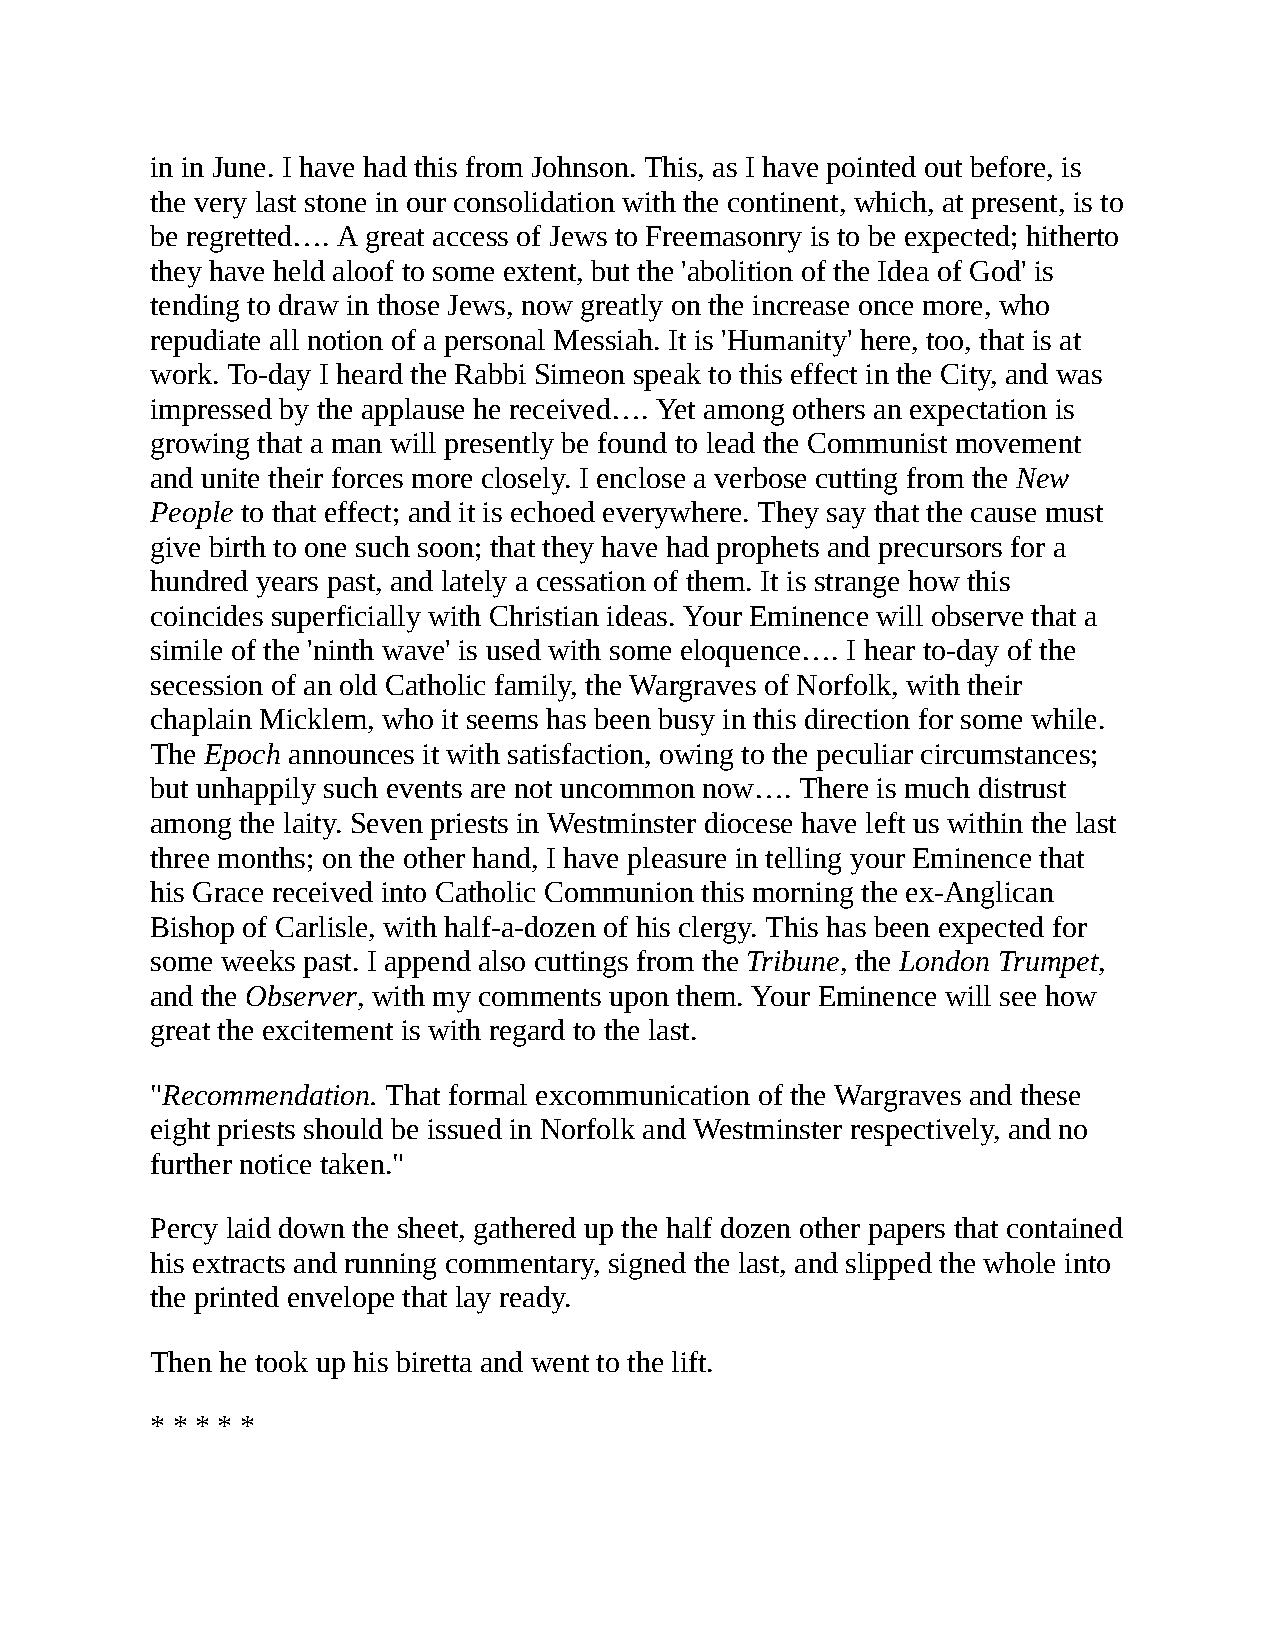
in in June. I have had this from Johnson. This, as I have pointed out before, is
 the very last stone in our consolidation with the continent, which, at present, is to
 be regretted…. A great access of Jews to Freemasonry is to be expected; hitherto
 they have held aloof to some extent, but the 'abolition of the Idea of God' is
 tending to draw in those Jews, now greatly on the increase once more, who
 repudiate all notion of a personal Messiah. It is 'Humanity' here, too, that is at
 work. To-day I heard the Rabbi Simeon speak to this effect in the City, and was
 impressed by the applause he received…. Yet among others an expectation is
 growing that a man will presently be found to lead the Communist movement
 and unite their forces more closely. I enclose a verbose cutting from the New
 People to that effect; and it is echoed everywhere. They say that the cause must
 give birth to one such soon; that they have had prophets and precursors for a
 hundred years past, and lately a cessation of them. It is strange how this
 coincides superficially with Christian ideas. Your Eminence will observe that a
 simile of the 'ninth wave' is used with some eloquence…. I hear to-day of the
 secession of an old Catholic family, the Wargraves of Norfolk, with their
 chaplain Micklem, who it seems has been busy in this direction for some while.
 The Epoch announces it with satisfaction, owing to the peculiar circumstances;
 but unhappily such events are not uncommon now…. There is much distrust
 among the laity. Seven priests in Westminster diocese have left us within the last
 three months; on the other hand, I have pleasure in telling your Eminence that
 his Grace received into Catholic Communion this morning the ex-Anglican
 Bishop of Carlisle, with half-a-dozen of his clergy. This has been expected for
 some weeks past. I append also cuttings from the Tribune, the London Trumpet,
 and the Observer, with my comments upon them. Your Eminence will see how
 great the excitement is with regard to the last.
 "Recommendation. That formal excommunication of the Wargraves and these
 eight priests should be issued in Norfolk and Westminster respectively, and no
 further notice taken."
 Percy laid down the sheet, gathered up the half dozen other papers that contained
 his extracts and running commentary, signed the last, and slipped the whole into
 the printed envelope that lay ready.
 Then he took up his biretta and went to the lift.
 * * * * *